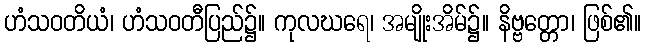
ဟံသဝတိယံ၊ ဟံသဝတီပြည်၌။ ကုလဃရေ၊ အမျိုးအိမ်၌။ နိဗ္ဗတ္တော၊ ဖြစ်၏။